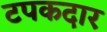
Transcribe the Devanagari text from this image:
टपकदार